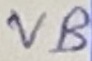
Text: VB